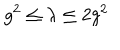
g ^ { 2 } \le \lambda \le 2 g ^ { 2 }